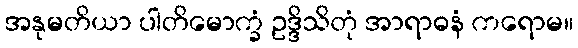
အနုမတိယာ ပါတိမောက္ခံ ဥဒ္ဒိသိတုံ အာရာဓနံ ကရောမ။